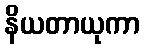
နိယတာယုကာ